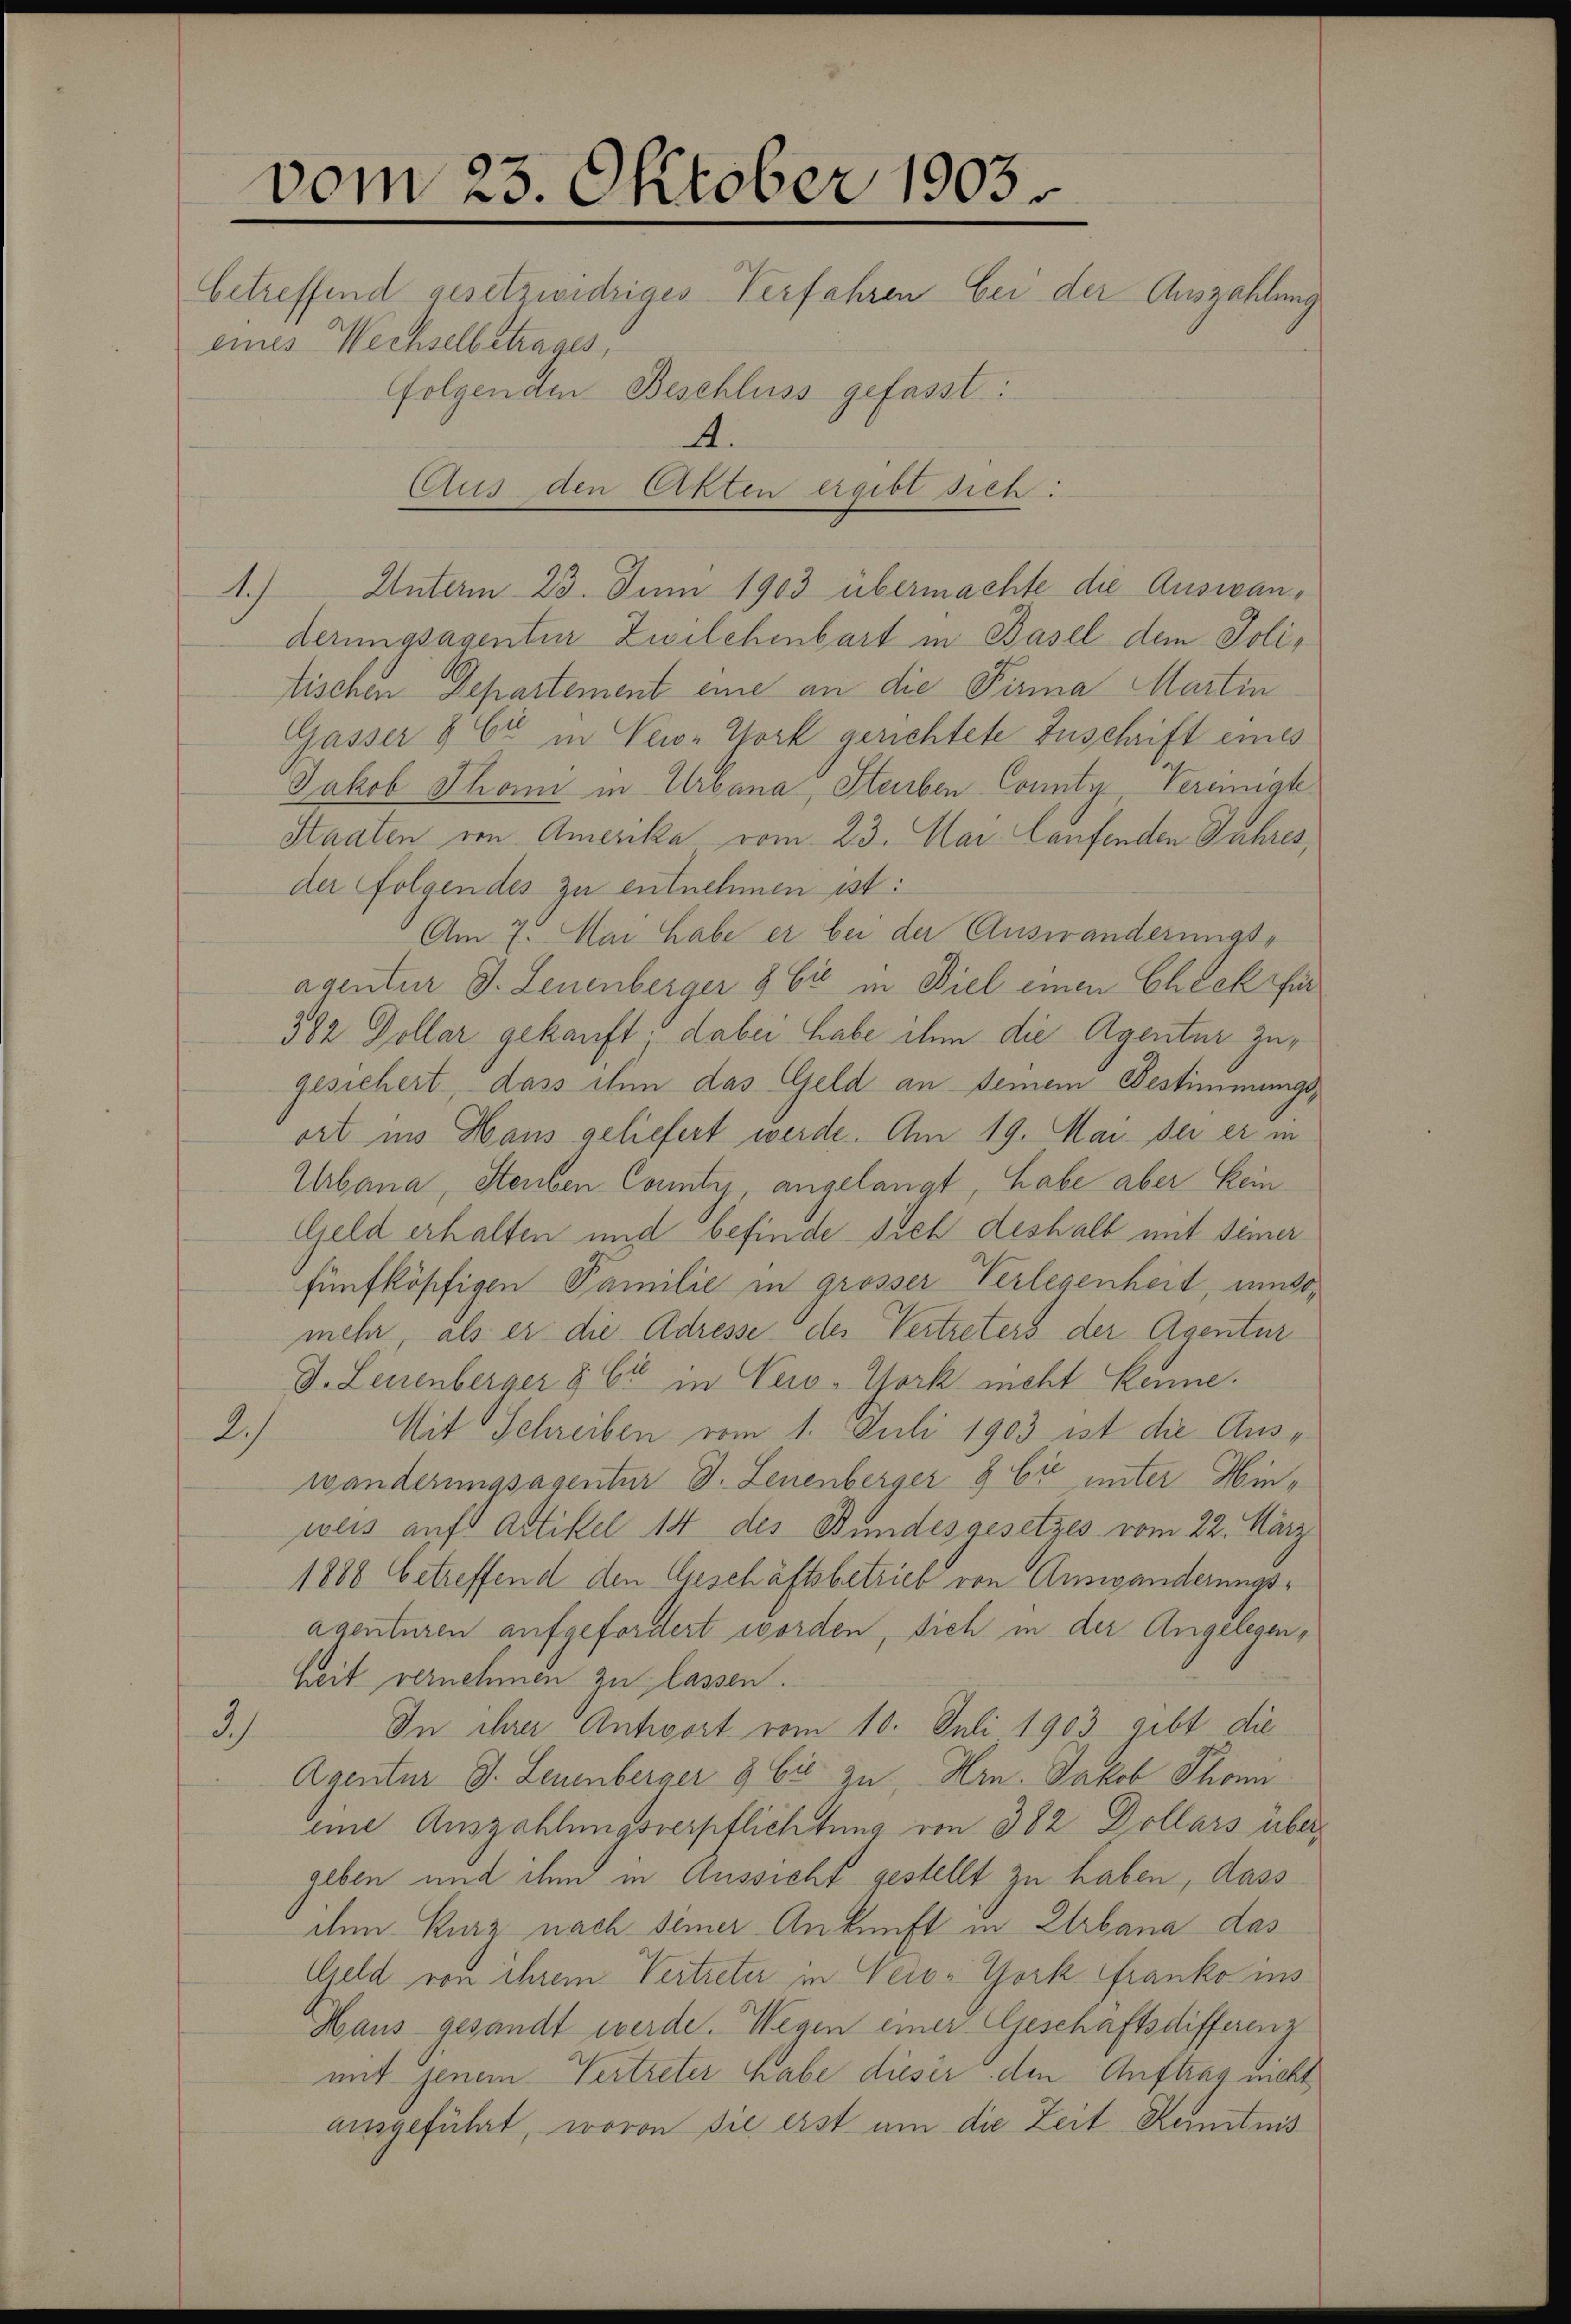
vom 23. Oktober 1903.
folgenden Beschluss gefasst:
A.
(Aus den Akten ergibt sich:

e

eines Wechselbetrages,

betreffend gesetzwidriges Verfahren bei der Auszahlung

1.) Unterm 23. Juni 1903 übermachte die Auswanderungsagentuer Zwilchenbart in Basel dem Politischen Departement eine an die Firma Martin
Gasser & Er in New York gerichtete Zuschrift eines
Jakob Thoni in Urbana Steiben County, Vereinigte
Staaten von Amerika vom 23. Mar. Laufenden Jahres,
der folgendes zu entnehmen ist:
Am 7. Mai habe er bei der Auswanderungs-
agentur J. Leuenberger 8 Ei in Biel einen Check für
382 Dollar gekauft; dabei habe ihm die Agentur zugesichert, dass ihm das Geld an Deinem Bestimmungsort ins Haus geliefert werde. Am 19. Mai der er in
Urbana, Steuben County, angelangt, habe aber kein
Geld erhalten und befinde sich deshalb mit seiner
fünfköpfigen Familie in grösser Verlegenheit muss,
mehr, als er die Adresse des Vertreters der Agentur
D. Leuenberger & Er in Vero-York nicht kenne.
2
Mit Schreiben vom 1. Juli 1903 ist die Auswanderungsagentur d. Leuenberger & Cie unter Hinweis auf Artikel 14 des Bundesgesetzes vom 22. März
1888 betreffend den Geschäftsbetrieb von Auswanderungsagenturen aufgefordert worden, sich in der Angelegenheit vernehmen zu lassen.
2)
In ihrer Antwort vom 10. Juli 1903 gibt die
Agentur J. Leuenberger & Cie zu, Hrn. Jakob Thonn
eine Auszahlungsverpflichtung von 382 Dollars übergeben und ihm in Aussicht gestellt zu haben, dass
den Kurz nach seiner Ankunft in Urbana das
Geld von ihrem Vertreter in Vero-York franko ins
Haus gesandt werde. Wenen einer Geschaftsdifferenz
mit jenem Vertreter habe dieser den Auftrag nicht
ausgeführt, wovon sie erst um die Zeit Kenntnis